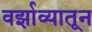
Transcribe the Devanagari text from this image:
वर्झाव्यातून